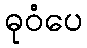
ဓုဝံပေ